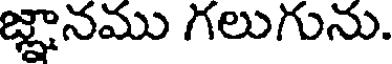
జ్ఞానము గలుగును.